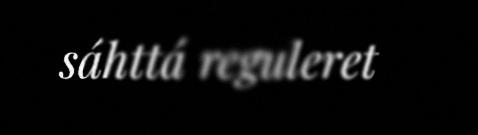
sáhttá reguleret